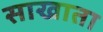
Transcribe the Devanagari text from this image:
साखाता